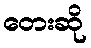
တေးဆို